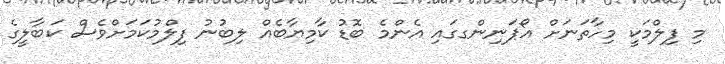
މި ފިލްމަކީ މިހާތަނަށް އޯޕަނިންގގައި އެންމެ ބޮޑު ކާމިޔާބެއް ލިބުނު ފިލްމުކަމަށްވެސް ކަބާލީގެ